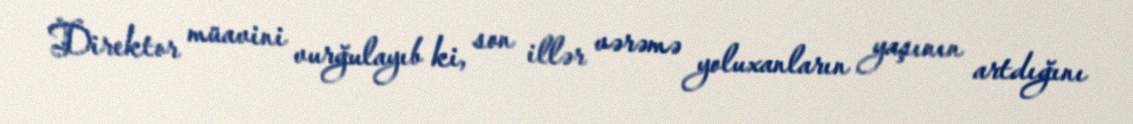
Direktor müavini vurğulayıb ki, son illər vərəmə yoluxanların yaşının artdığını